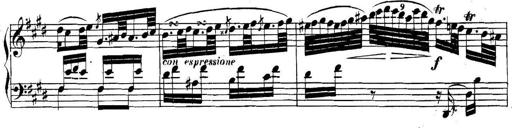
Title: Collected Piano Sonatas
Composer: Muzio Clementi